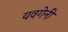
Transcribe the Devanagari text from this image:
यवगेनी